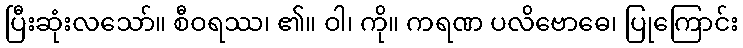
ပြီးဆုံးလသော်။ စီဝရဿ၊ ၏။ ဝါ၊ ကို။ ကရဏ ပလိဗောဓေ၊ ပြုကြောင်း